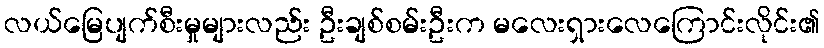
လယ်မြေပျက်စီးမှုများလည်း ဦးချစ်စမ်းဦးက မလေးရှားလေကြောင်းလိုင်း၏